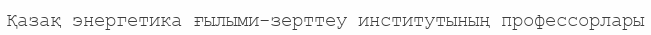
Қазақ энергетика ғылыми-зерттеу институтының профессорлары